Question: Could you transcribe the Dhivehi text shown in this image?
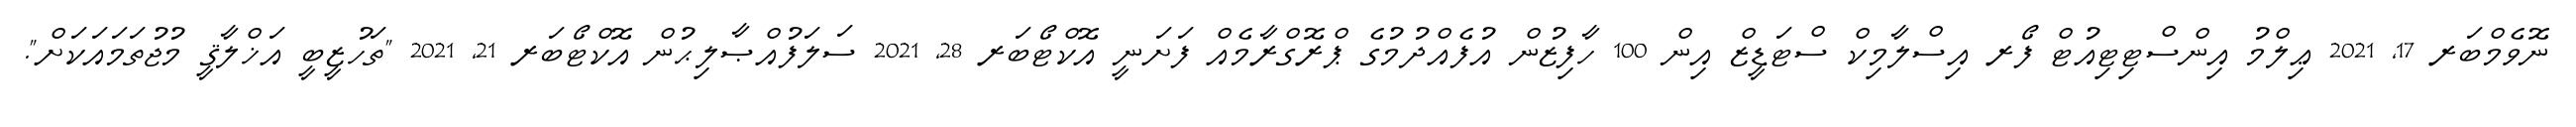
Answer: ނޮވެމްބަރ 17, 2021 ޢިލްމު އިންސްޓިޓިއުޓް ފޯރ އިސްލާމިކް ސްޓަޑީޒް އިން 100 ހާފިޒުން އުފެއްދުމުގެ ޕްރޮގްރާމެއް ފަށަނީ އޮކްޓޯބަރ 28, 2021 ސަލަފުއްޞާލިޙުން އޮކްޓޯބަރ 21, 2021 "ތަހުޒީބީ އަޚްލާޤީ މުޖުތަމައަކަށް".